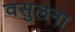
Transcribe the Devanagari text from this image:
वसुलना